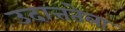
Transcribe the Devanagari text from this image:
उदात्ततेला